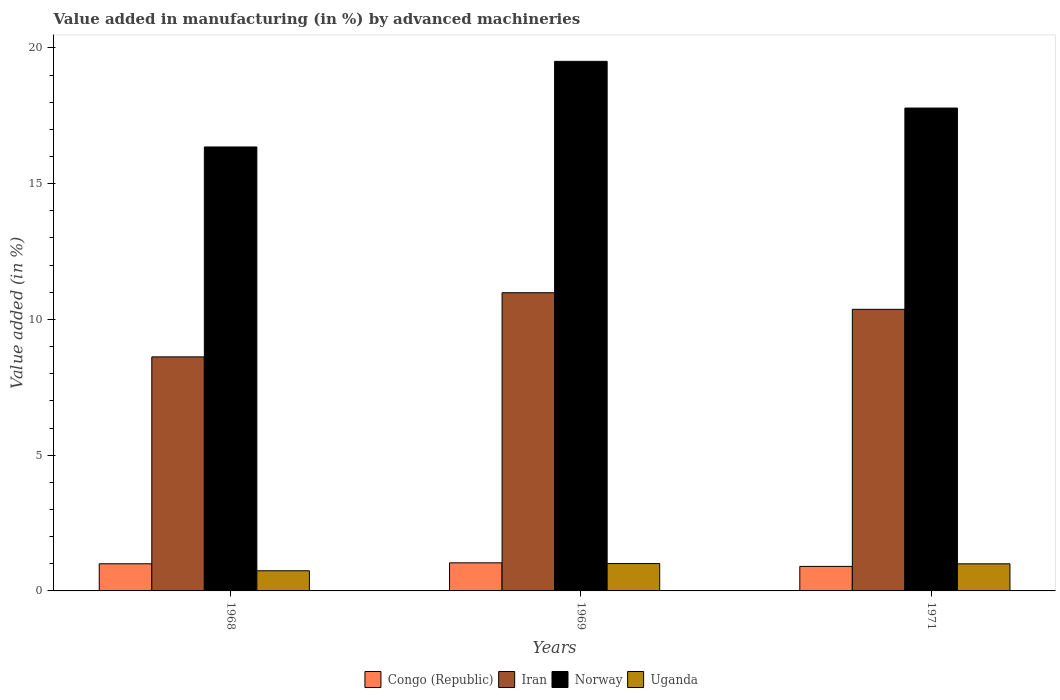
| Years | Congo (Republic) | Iran | Norway | Uganda |
 | --- | --- | --- | --- | --- |
 | 1968 | 1 | 8.62 | 16.4 | 0.742 |
 | 1969 | 1.03 | 11 | 19.5 | 1.01 |
 | 1971 | 0.903 | 10.4 | 17.8 | 0.998 |